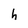
Character: h